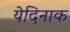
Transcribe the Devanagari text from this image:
येदिनाक